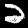
Label: 2